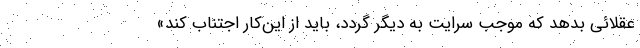
عقلائی بدهد که موجب سرایت به دیگر گردد، باید از این‌کار اجتناب کند»